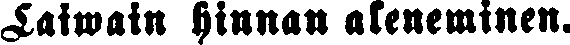
Laiwain hinnan aleneminen.